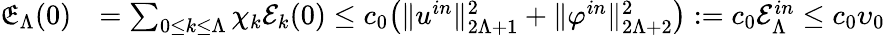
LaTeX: \begin{array}{rl}{\mathfrak{E}_{\Lambda}(0)}&{=\sum_{0\leq k\leq\Lambda}\chi_{k}\mathcal{E}_{k}(0)\leq c_{0}\big(\| u^{in}\| _{2\Lambda+1}^{2}+\| \varphi^{in}\| _{2\Lambda+2}^{2}\big):=c_{0}\mathcal{E}_{\Lambda}^{in}\le c_{0}\upsilon_{0}}\end{array}